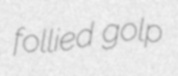
follied golp